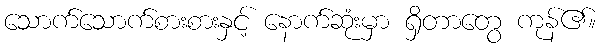
သောက်သောက်စားစားနှင့် နောက်ဆုံးမှာ ရှိတာတွေ ကုန်၏။